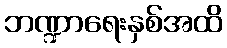
ဘဏ္ဍာရေးနှစ်အထိ